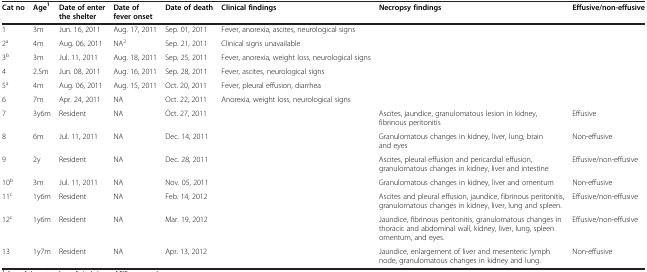
<table><thead><tr><td><b>Cat no</b></td><td><b>Age<sup>1</sup></b></td><td><b>Date of enter the shelter</b></td><td><b>Date of fever onset</b></td><td><b>Date of death</b></td><td><b>Clinical findings</b></td><td><b>Necropsy findings</b></td><td><b>Effusive/non-effusive</b></td></tr></thead><tbody><tr><td>1</td><td>3m</td><td>Jun. 16, 2011</td><td>Aug. 17, 2011</td><td>Sep. 01, 2011</td><td>Fever, anorexia, ascites, neurological signs</td><td> </td><td> </td></tr><tr><td>2<sup>a</sup></td><td>4m</td><td>Aug. 06, 2011</td><td>NA<sup>2</sup></td><td>Sep. 21, 2011</td><td>Clinical signs unavailable</td><td> </td><td> </td></tr><tr><td>3<sup>b</sup></td><td>3m</td><td>Jul. 11, 2011</td><td>Aug. 18, 2011</td><td>Sep. 25, 2011</td><td>Fever, anorexia, weight loss, neurological signs</td><td> </td><td> </td></tr><tr><td>4</td><td>2.5m</td><td>Jun. 08, 2011</td><td>Aug. 16, 2011</td><td>Sep. 28, 2011</td><td>Fever, ascites, neurological signs</td><td> </td><td> </td></tr><tr><td>5<sup>a</sup></td><td>4m</td><td>Aug. 06, 2011</td><td>Aug. 15, 2011</td><td>Oct. 20, 2011</td><td>Fever, pleural effusion, diarrhea</td><td> </td><td> </td></tr><tr><td>6</td><td>7m</td><td>Apr. 24, 2011</td><td>NA</td><td>Oct. 22, 2011</td><td>Anorexia, weight loss, neurological signs</td><td> </td><td> </td></tr><tr><td>7</td><td>3y6m</td><td>Resident</td><td>NA</td><td>Oct. 27, 2011</td><td> </td><td>Ascites, jaundice, granulomatous lesion in kidney, fibrinous peritonitis</td><td>Effusive</td></tr><tr><td>8</td><td>6m</td><td>Jul. 11, 2011</td><td>NA</td><td>Dec. 14, 2011</td><td> </td><td>Granulomatous changes in kidney, liver, lung, brain and eyes</td><td>Non-effusive</td></tr><tr><td>9</td><td>2y</td><td>Resident</td><td>NA</td><td>Dec. 28, 2011</td><td> </td><td>Ascites, pleural effusion and pericardial effusion, granulomatous changes in kidney, liver and intestine</td><td>Effusive/non-effusive</td></tr><tr><td>10<sup>b</sup></td><td>3m</td><td>Jul. 11, 2011</td><td>NA</td><td>Nov. 05, 2011</td><td> </td><td>Granulomatous changes in kidney, liver and omentum</td><td>Non-effusive</td></tr><tr><td>11<sup>c</sup></td><td>1y6m</td><td>Resident</td><td>NA</td><td>Feb. 14, 2012</td><td> </td><td>Ascites and pleural effusion, jaundice, fibrinous peritonitis, granulomatous changes in kidney, liver, lung and spleen.</td><td>Effusive/non-effusive</td></tr><tr><td>12<sup>c</sup></td><td>1y6m</td><td>Resident</td><td>NA</td><td>Mar. 19, 2012</td><td> </td><td>Jaundice, fibrinous peritonitis, granulomatous changes in thoracic and abdominal wall, kidney, liver, lung, spleen omentum, and eyes.</td><td>Effusive/non-effusive</td></tr><tr><td>13</td><td>1y7m</td><td>Resident</td><td>NA</td><td>Apr. 13, 2012</td><td> </td><td>Jaundice, enlargement of liver and mesenteric lymph node, granulomatous changes in kidney and lung.</td><td>Non-effusive</td></tr></tbody></table>